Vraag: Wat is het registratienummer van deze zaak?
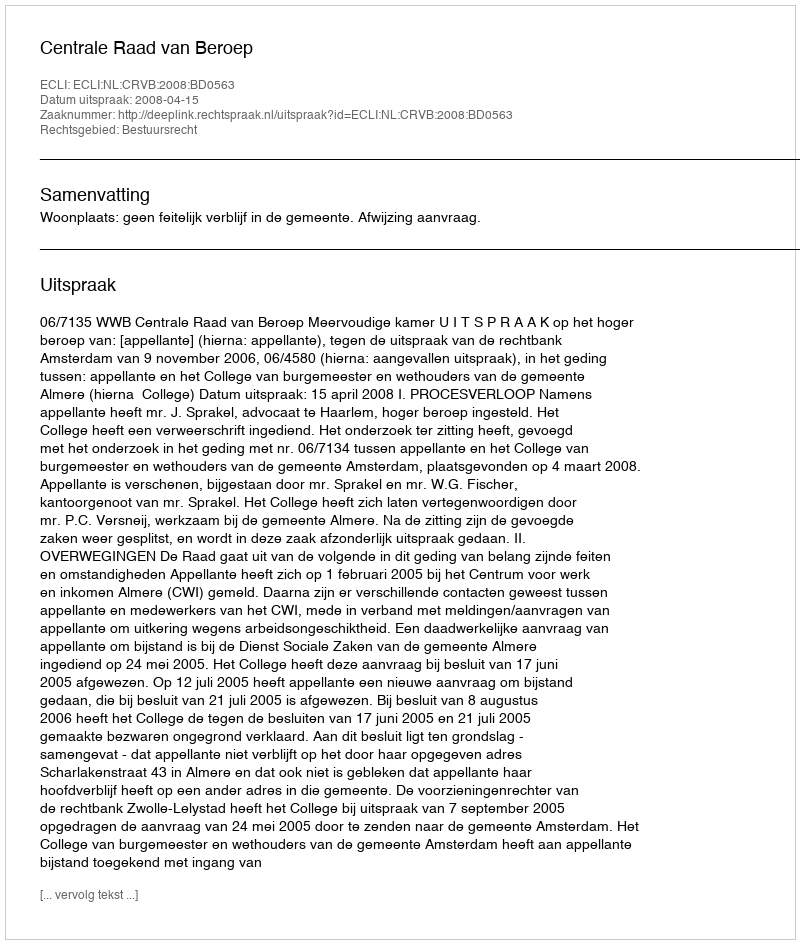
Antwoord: http://deeplink.rechtspraak.nl/uitspraak?id=ECLI:NL:CRVB:2008:BD0563